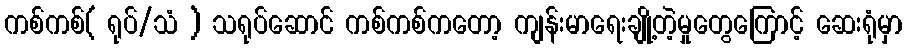
ကစ်ကစ်( ရုပ်/သံ ) သရုပ်ဆောင် ကစ်ကစ်ကတော့ ကျန်းမာရေးချို့တဲ့မှုတွေကြောင့် ဆေးရုံမှာ